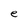
Character: e